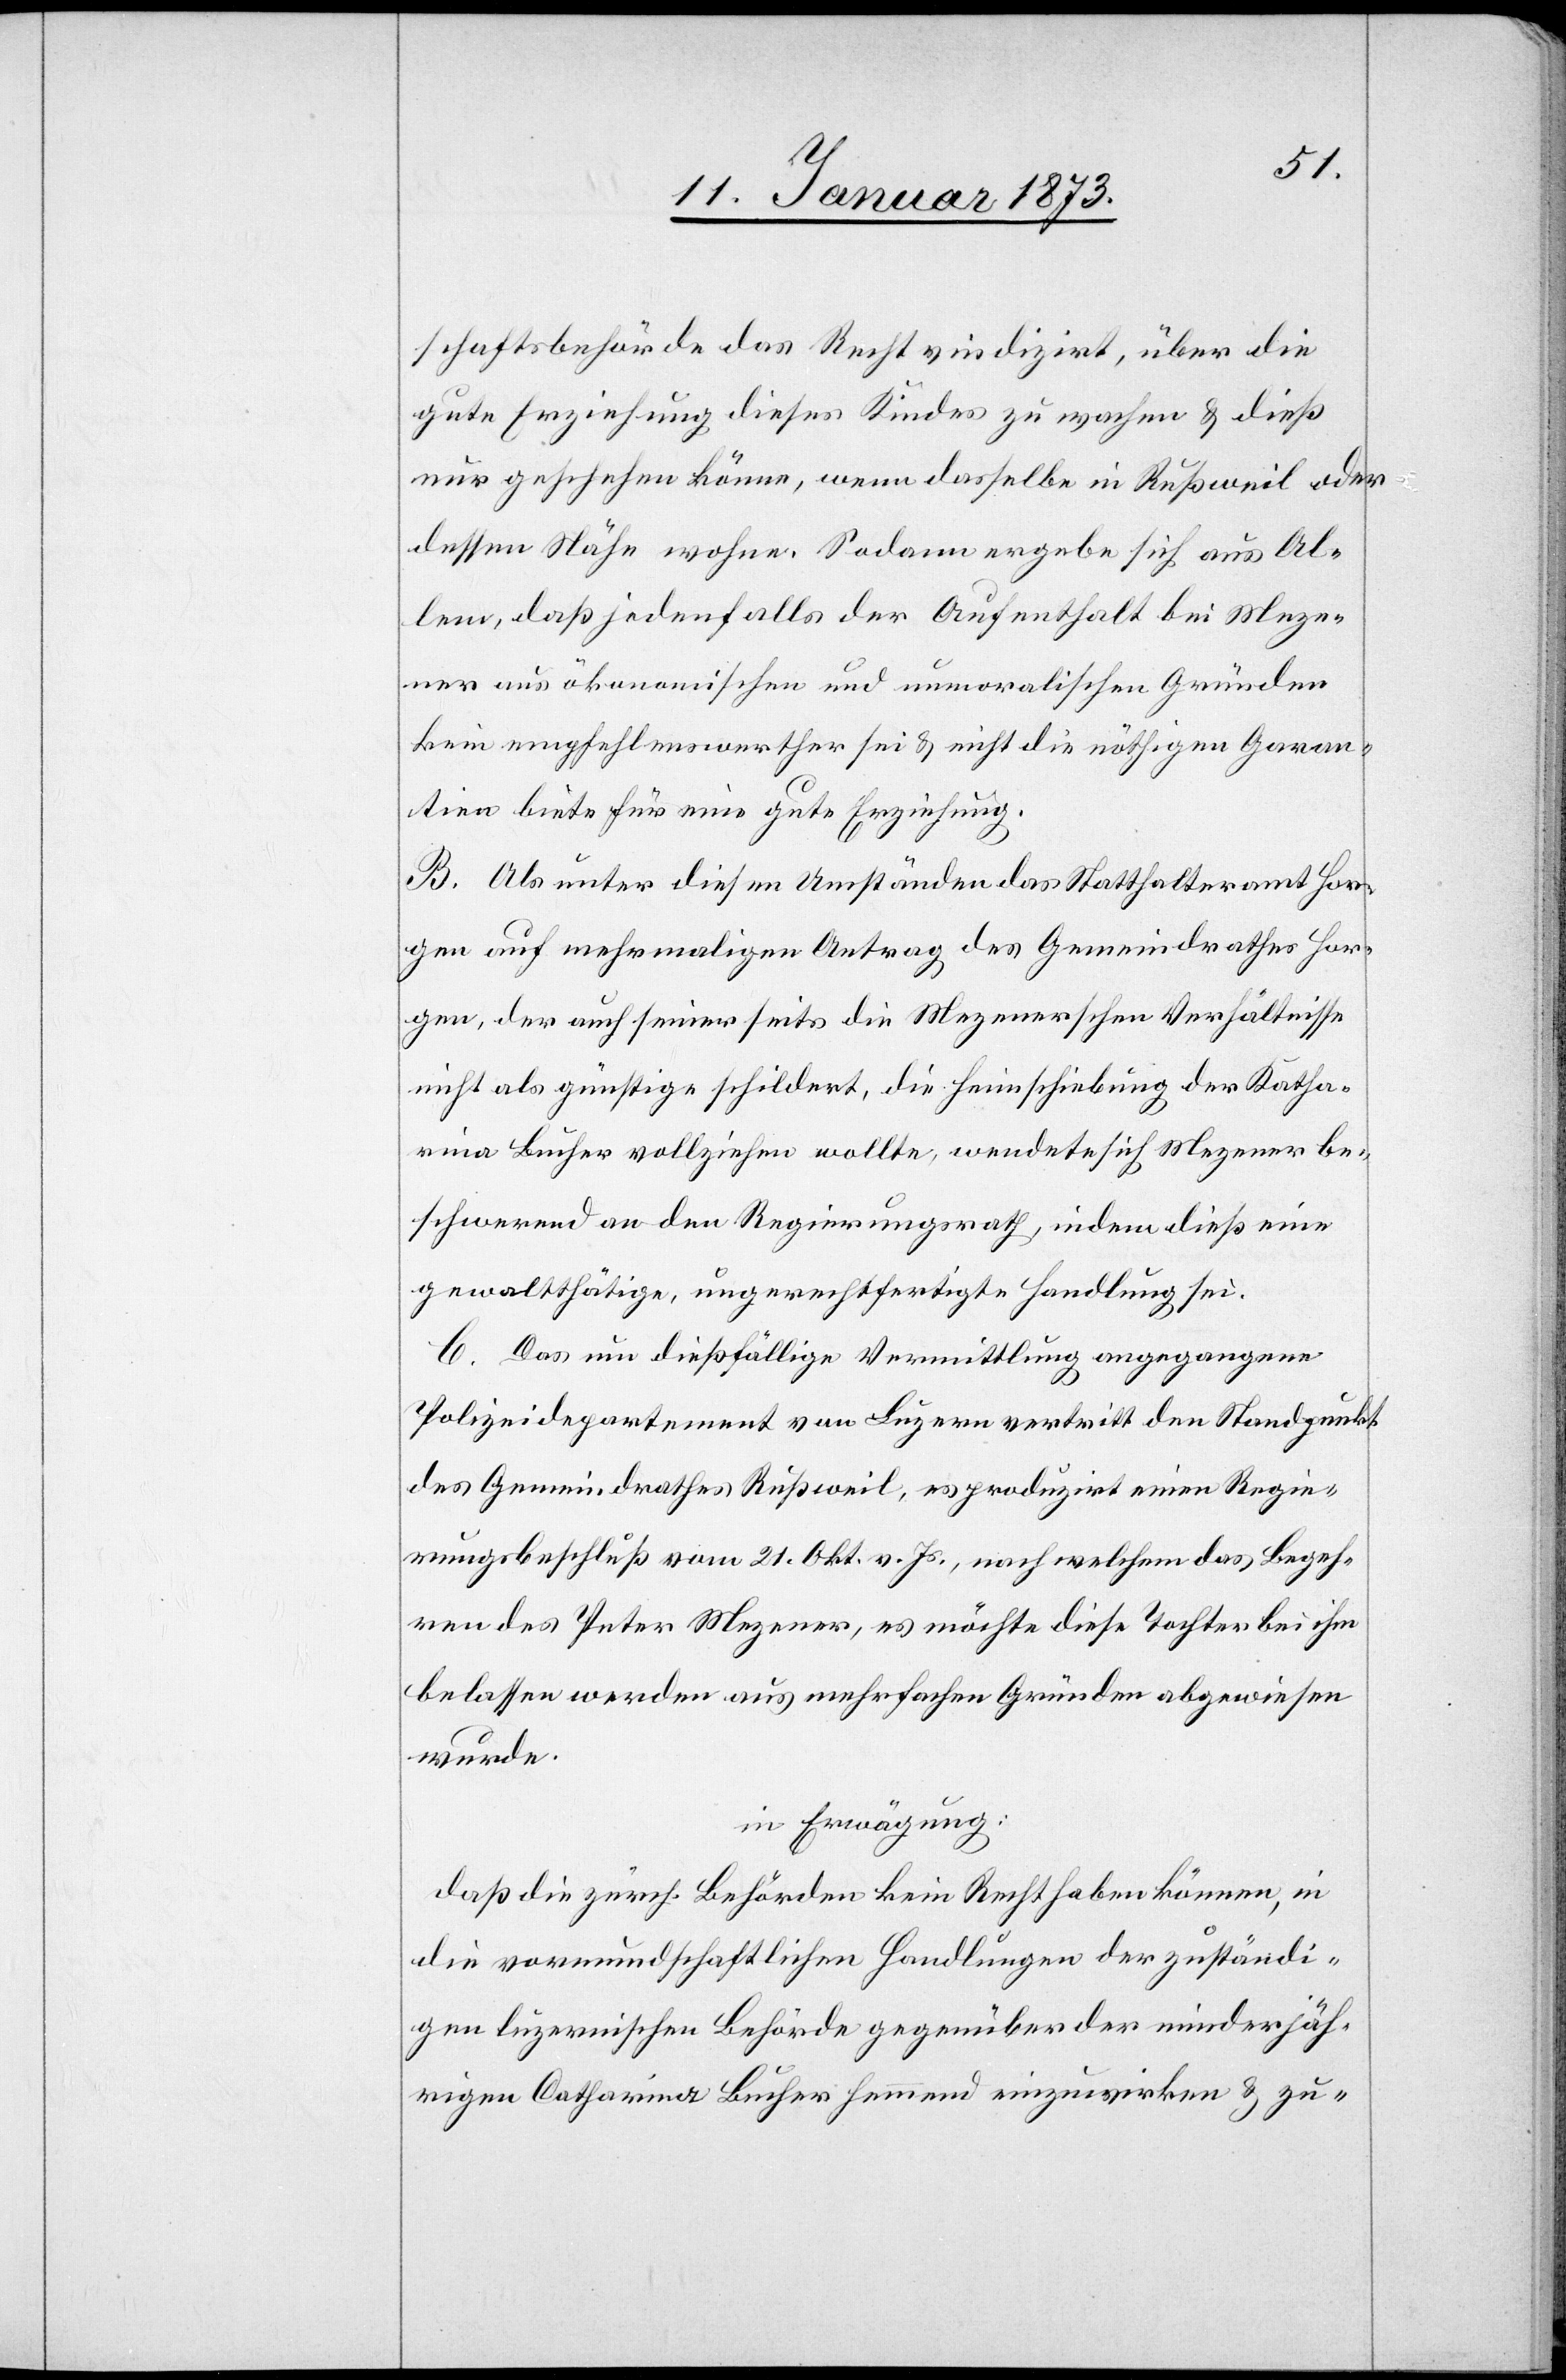
schaftsbehörde des Rechts indizirt, über die
gute Erziehung dieses Kindes zu wachen & dieß
nur geschehen könne, wenn dasselbe in Rußweil oder
dessen Nähe wohne. Sodann ergebe sich aus Al¬
lem, daß jedenfalls der Aufenthalt bei Meze¬
ner aus ökonomischen und unmoralischen Gründen
kein empfehlenswerther sei & nicht die nöthigen Garan¬
tien biete für eine gute Erziehung.
B. Als unter diesen Umständen das Statthalteramt Hor¬
gen auf mehrmaligen Antrag des Gemeindrathes Hor¬
gen, der auch seinerseits die Mezenerschen Verhältnisse
nicht als günstige schildert, die Heimschiebung der Katharina
Bucher vollziehen wollte, wendete sich Mezener be¬
schwerend an den Regierungsrath, indem dieß eine
gewaltthätige, ungerechtfertigte Handlung sei.
C. Das um dießfällige Vermittlung angegangene
Polizeidepartement von Luzern vertritt den Standpunkt
des Gemeindrathes Rußweil, es produzirt einen Regie¬
rungsbeschluß vom 21. Okt. v. Js., nach welchem das Begeh¬
ren des Peter Mezener, es möchte diese Tochter bei ihm
belassen werden aus mehrfachen Gründen abgewiesen
wurde.
in Erwägung:
daß die zürch. Behörden kein Recht haben können, in
die vormundschaftlichen Handlungen der zuständi¬
gen luzernischen Behörde gegenüber der minderjäh¬
rigen Catharina Bucher hemmend einzuwirken & zu